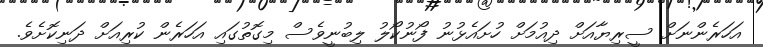
އަހަރެންނަށް ސީރިޔާއަށް ދިއުމަށް ހުށައެޅުނު ފޯނުކޯލު ލިބުނީވެސް މިގޮތުގައި އަހަރެން ކުރިއަށް ދަނިކޮށެވެ.